画像に写った文字を読んでください
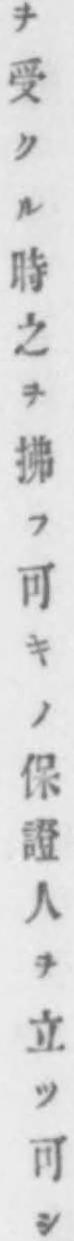
「ヲ受クル時之ヲ拂フ可キノ保證人ヲ立ツ可シ」と書いてあります